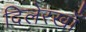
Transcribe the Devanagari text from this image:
दिलेरखाँ